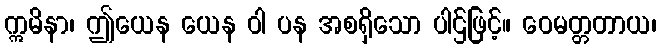
ဣမိနာ၊ ဤယေန ယေန ဝါ ပန အစရှိသော ပါဌ်ဖြင့်။ ဝေမတ္တတာယ၊